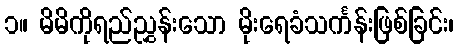
၁။ မိမိကိုရည်ညွှန်းသော မိုးရေခံသင်္ကန်းဖြစ်ခြင်း၊